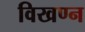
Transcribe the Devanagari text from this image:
विखण्न